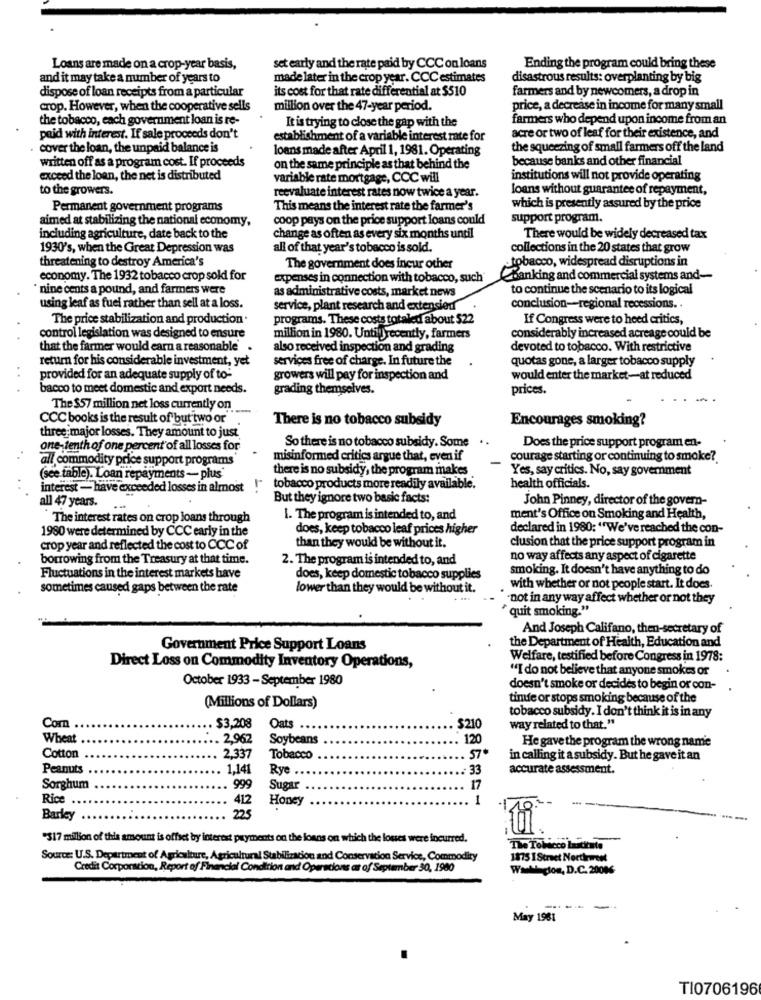
Loans are made on a crop-year basis,
set early and the rate paid by CCC on loans
Ending the program could bring these
and it may take a number of years to
made later in the crop year. CCC estimates
disastrous results: overplanting by big
dispose of loan receipts from a particular
its cost for that rate differential at $510
farmers and by newcomers, a drop in
crop. However, when the cooperative sells
million over the 47-year period.
price, a decrease in income for many small
the tobacco, each government loan is re-
It is trying to close the gap with the
farmers who depend upon income from an
paid with interest. If sale proceeds don't
establishment of a variable interest rate for
acre or two of leaf for their existence, and
cover the loan, the unpaid balance is
loans made after April 1, 1981. Operating
the squeezing of small farmers off the land
written off as a program cost. If proceeds
because banks and other financial
on the same principle as that behind the
exceed the loan, the net is distributed
variable rate mortgage, CCC will
institutions will not provide operating
to the growers.
reevaluate interest rates now twice a year.
loans without guarantee of repayment,
Permanent government programs
This means the interest rate the farmer's
which is presently assured by the price
aimed at stabilizing the national economy,
coop pays on the price support loans could
support program.
including agriculture, date back to the
change as often as every six months until
There would be widely decreased tax
1930's, when the Great Depression was
all of that year's tobacco is sold.
collections in the 20 states that grow
threatening to destroy America's
·tobacco, widespread disruptions in
The government does incur other
economy. The 1932 tobacco crop sold for
expenses in connection with tobacco, such
Banking and commercial systems and-
'nine cents a pound, and farmers were
as administrative costs, market news
to continue the scenario to its logical
using leaf as fuel rather than sell at a loss.
service, plant research and extensied
conclusion-regional recessions.
The price stabilization and production.
programs. These costs totaled about $22
If Congress were to heed critics,
control legislation was designed to ensure
million in 1980. Untilrecently, farmers
considerably increased acreage could be
that the farmer would earn a reasonable
also received inspection and grading
devoted to tobacco. With restrictive
return for his considerable investment, yet
services free of charge. In future the
quotas gone, a larger tobacco supply
provided for an adequate supply of to-
growers will pay for inspection and
would enter the market-at reduced
bacco to meet domestic and export needs.
grading themselves.
prices.
The $57 million net loss currently on
CCC books is the result of but two or
There is no tobacco subsidy
Encourages smoking?
three major losses. They amount to just
one- tenth of one percent'of all losses for
So there is no tobacco subsidy. Some ..
Does the price support program en-
..
all commodity price support programs
misinformed critics argue that, even if
courage starting or continuing to smoke?
there is no subsidy, the program makes
Yes, say critics. No, say government
(see table). Loan repayments - plus
health officials.
. .
interest - have exceeded losses in almost !"
tobacco products more readily available.
all 47 years.
But they ignore two basic facts:
John Pinney, director of the govern-
The interest rates on crop loans through
1. The program is intended to, and
ment's Office on Smoking and Health,
1980 were determined by CCC early in the
does, keep tobacco leaf prices higher
declared in 1980: "We've reached the con-
clusion that the price support program in
crop year and reflected the cost to CCC of
than they would be without it.
borrowing from the Treasury at that time.
2. The program is intended to, and
no way affects any aspect of cigarette
smoking. It doesn't have anything to do
Fluctuations in the interest markets have
does, keep domestic tobacco supplies
sometimes caused gaps between the rate
lower than they would be without it.
with whether or not people start. It does.
-not in any way affect whether or not they
quit smoking."
And Joseph Califano, then-secretary of
the Department of Health, Education and
Government Price Support Loans
Welfare, testified before Congress in 1978:
Direct Loss on Commodity Inventory Operations,
"I do not believe that anyone smokes or
October 1933 - September 1980
doesn't smoke or decides to begin or con-
time or stops smoking because of the
(Millions of Dollars)
tobacco subsidy. I don't think it is in any
Com
$3,208
Oats ..
$210
way related to that."
Wheat
. 2,962
Soybeans
120
He gave the program the wrong name
Cotton
2,337
Tobacco
57
in calling it a subsidy. But he gave it an
Peanuts
1,141
Rye .
33
accurate assessment.
17
Sorghum
999
Sugar
Rice
412
Honey
1
Barley
225
"317 million of this amount is offset by interest payments on the loans on which the losses were incurred.
The Tolicco lascitate
Source: U.S. Department of Agriculture, Agricultural Stabilization and Conservation Service, Commodity
1875 IStreet Northwest
Credit Corporation, Report of Financial Condition and Operacions ar of September 30, 1980
Wat cion, D.C. 20006
----
May 1981
TI0706196